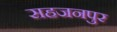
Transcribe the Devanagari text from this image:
सहजनपुर